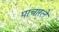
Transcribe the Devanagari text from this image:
पाचारले